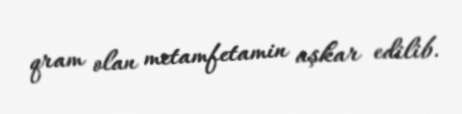
qram olan metamfetamin aşkar edilib.